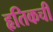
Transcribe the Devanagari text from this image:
हृतिकची